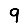
Digit: 9